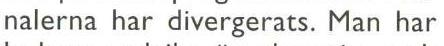
nalerna har divergerats. Man har